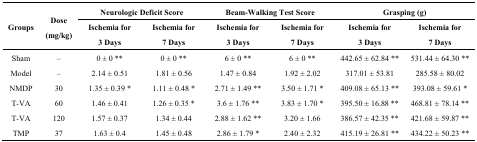
<table><thead><tr><td rowspan="2"><b>Groups</b></td><td rowspan="2"><b>Dose (mg/kg)</b></td><td colspan="2"><b>Neurologic Deficit Score</b></td><td colspan="2"><b>Beam-Walking Test Score</b></td><td colspan="2"><b>Grasping (g)</b></td></tr><tr><td><b>Ischemia for 3 Days</b></td><td><b>Ischemia for 7 Days</b></td><td><b>Ischemia for 3 Days</b></td><td><b>Ischemia for 7 Days</b></td><td><b>Ischemia for 3 Days</b></td><td><b>Ischemia for 7 Days</b></td></tr></thead><tbody><tr><td>Sham</td><td>–</td><td>0 ± 0 **</td><td>0 ± 0 **</td><td>6 ± 0 **</td><td>6 ± 0 **</td><td>442.65 ± 62.84 **</td><td>531.44 ± 64.30 **</td></tr><tr><td>Model</td><td>–</td><td>2.14 ± 0.51</td><td>1.81 ± 0.56</td><td>1.47 ± 0.84</td><td>1.92 ± 2.02</td><td>317.01 ± 53.81</td><td>285.58 ± 80.02</td></tr><tr><td>NMDP</td><td>30</td><td>1.35 ± 0.39 *</td><td>1.11 ± 0.48 *</td><td>2.71 ± 1.49 **</td><td>3.50 ± 1.71 *</td><td>409.08 ± 65.13 **</td><td>393.08 ± 59.61 *</td></tr><tr><td>T-VA</td><td>60</td><td>1.46 ± 0.41</td><td>1.26 ± 0.35 *</td><td>3.6 ± 1.76 **</td><td>3.83 ± 1.70 *</td><td>395.50 ± 16.88 **</td><td>468.81 ± 78.14 **</td></tr><tr><td>T-VA</td><td>120</td><td>1.57 ± 0.37</td><td>1.34 ± 0.44</td><td>2.88 ± 1.62 **</td><td>3.20 ± 1.66</td><td>386.57 ± 42.35 **</td><td>421.68 ± 59.87 **</td></tr><tr><td>TMP</td><td>37</td><td>1.63 ± 0.4</td><td>1.45 ± 0.48</td><td>2.86 ± 1.79 *</td><td>2.40 ± 2.32</td><td>415.19 ± 26.81 **</td><td>434.22 ± 50.23 **</td></tr></tbody></table>